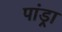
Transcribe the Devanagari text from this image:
पांड्रा